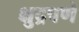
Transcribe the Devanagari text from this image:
क्षुद्रपणे